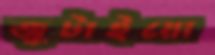
জুটাইয়ো